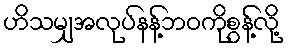
ဟိသမျှအလုပ်နန့်ဘဝကိုစွန့်လို့